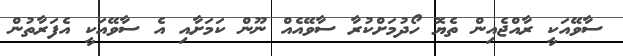
ސާވޭއަކީ ރާއްޖެއިން ތެޔޮ ހޯދުމަށްކުރާ ސާވޭއެއް ނޫން ކަމަށާއި އެ ސާވޭއަކީ އެފަރާތުން